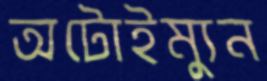
অটোইম্যুন